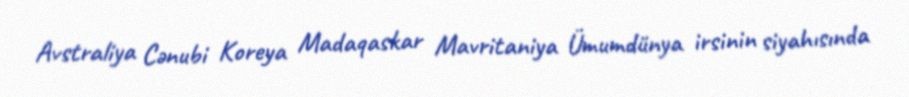
Avstraliya Cənubi Koreya Madaqaskar Mavritaniya Ümumdünya irsinin siyahısında